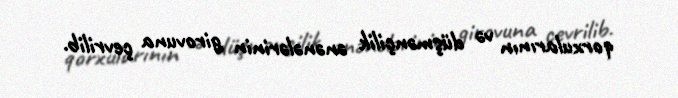
qorxularının və düşmənçilik ənənələrinin girovuna çevrilib.